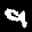
Label: 9